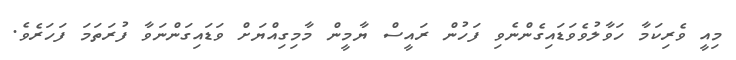
މިއީ ވެރިކަމާ ހަވާލުވެވަޑައިގެންނެވި ފަހުން ރައީސް ޔާމީން މާމިގިއްޔަށް ވަޑައިގަންނަވާ ފުރަތަމަ ފަހަރެވެ.